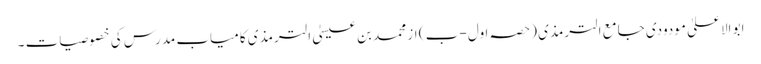
ابو الاعلیٰ مودودی جامع الترمذی (حصہ اول -ب ) از محمد بن عیسیٰ الترمذی کامیاب مدرس کی خصوصیات ۔